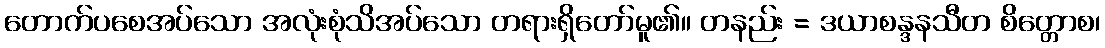
တောက်ပစေအပ်သော အလုံးစုံသိအပ်သော တရားရှိတော်မူ၏။ တနည်း = ဒယာစန္ဒနသီတ စိတ္တောစ၊